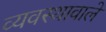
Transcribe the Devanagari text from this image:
व्यवस्थावाले